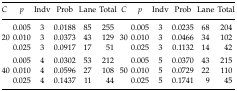
| C | p | Indv | Prob | Lane | Total | C | p | Indv | Prob | Lane | Total |
 | --- | --- | --- | --- | --- | --- | --- | --- | --- | --- | --- | --- |
 |  | 0.005 | 3 | 0.0188 | 85 | 255 |  | 0.005 | 3 | 0.0235 | 68 | 204 |
 | 20 | 0.010 | 3 | 0.0373 | 43 | 129 | 30 | 0.010 | 3 | 0.0466 | 34 | 102 |
 |  | 0.025 | 3 | 0.0917 | 17 | 51 |  | 0.025 | 3 | 0.1132 | 14 | 42 |
 |  | 0.005 | 4 | 0.0302 | 53 | 212 |  | 0.005 | 5 | 0.0370 | 43 | 215 |
 | 40 | 0.010 | 4 | 0.0596 | 27 | 108 | 50 | 0.010 | 5 | 0.0729 | 22 | 110 |
 |  | 0.025 | 4 | 0.1437 | 11 | 44 |  | 0.025 | 5 | 0.1741 | 9 | 45 |